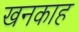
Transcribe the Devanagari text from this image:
खनकाह